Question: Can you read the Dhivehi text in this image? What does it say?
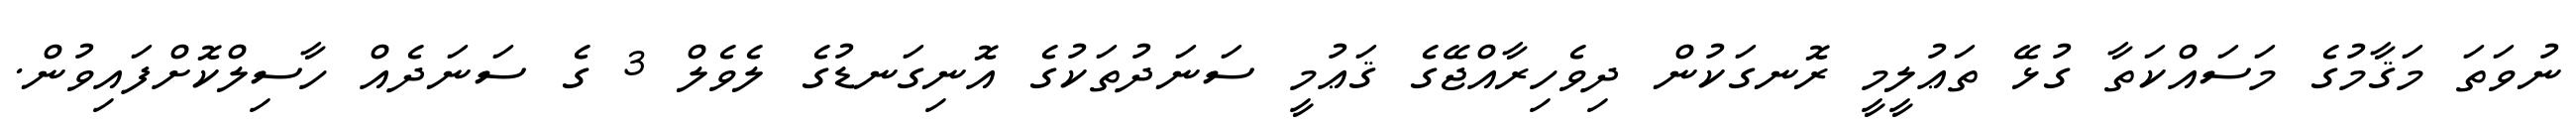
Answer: ނުވަތަ މަޤާމުގެ މަސައްކަތާ ގުޅޭ ތަޢުލީމީ ރޮނގަކުން ދިވެހިރާއްޖޭގެ ޤަޢުމީ ސަނަދުތަކުގެ އޮނިގަނޑުގެ ލެވެލް 3 ގެ ސަނަދެއް ހާސިލްކޮށްފައިވުން.